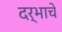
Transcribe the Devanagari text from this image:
दर्भाचे